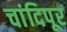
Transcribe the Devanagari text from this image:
चांदिपूर